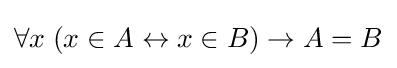
\forall x\;(x\in A\leftrightarrow x\in B)\to A=B